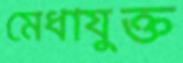
মেধাযুক্ত